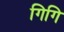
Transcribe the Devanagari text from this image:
गिगि